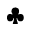
\clubsuit